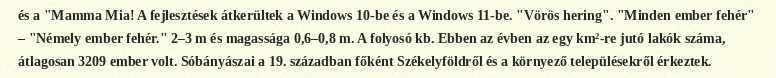
és a "Mamma Mia! A fejlesztések átkerültek a Windows 10-be és a Windows 11-be. "Vörös hering". "Minden ember fehér" – "Némely ember fehér." 2–3 m és magassága 0,6–0,8 m. A folyosó kb. Ebben az évben az egy km²-re jutó lakók száma, átlagosan 3209 ember volt. Sóbányászai a 19. században főként Székelyföldről és a környező településekről érkeztek.